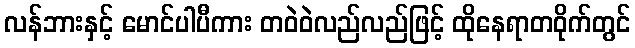
လန်ဘားနှင့် မောင်ပါပီကား တဝဲဝဲလည်လည်ဖြင့် ထိုနေရာတဝိုက်တွင်